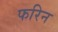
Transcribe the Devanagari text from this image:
फरिन